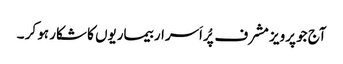
آج جو پرویز مشرف پُراَسرار بیماریوں کا شکار ہو کر ۔